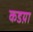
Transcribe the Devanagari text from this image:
कडय़ा